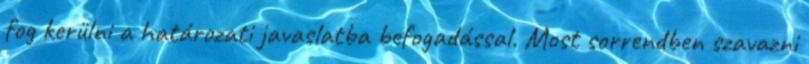
fog kerülni a határozati javaslatba befogadással. Most sorrendben szavazni